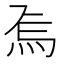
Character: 𭴚